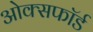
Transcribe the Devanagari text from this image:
ओक्सफॉर्ड